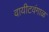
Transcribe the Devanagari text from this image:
वायीटवंगाळ